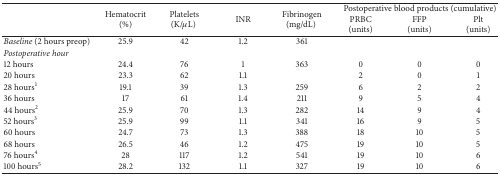
<table><thead><tr><td rowspan="2"><b> </b></td><td rowspan="2"><b>Hematocrit (%)</b></td><td rowspan="2"><b>Platelets(K/<i>μ</i>L) </b></td><td rowspan="2"><b>INR</b></td><td rowspan="2"><b>Fibrinogen (mg/dL) </b></td><td colspan="3"><b>Postoperative blood products (cumulative)</b></td></tr><tr><td><b>PRBC(units)</b></td><td><b>FFP(units)</b></td><td><b>Plt(units)</b></td></tr></thead><tbody><tr><td><i>Baseline</i> (2 hours preop)</td><td>25.9</td><td>42</td><td>1.2</td><td>361</td><td> </td><td> </td><td> </td></tr><tr><td><i>Postoperative hour</i></td><td> </td><td> </td><td> </td><td> </td><td> </td><td> </td><td> </td></tr><tr><td>12 hours</td><td>24.4</td><td>76</td><td>1</td><td>363</td><td>0</td><td>0</td><td>0</td></tr><tr><td>20 hours</td><td>23.3</td><td>62</td><td>1.1</td><td> </td><td>2</td><td>0</td><td>1</td></tr><tr><td>28 hours<sup>1</sup></td><td>19.1</td><td>39</td><td>1.3</td><td>259</td><td>6</td><td>2</td><td>2</td></tr><tr><td>36 hours</td><td>17</td><td>61</td><td>1.4</td><td>211</td><td>9</td><td>5</td><td>4</td></tr><tr><td>44 hours<sup>2</sup></td><td>25.9</td><td>70</td><td>1.3</td><td>282</td><td>14</td><td>9</td><td>4</td></tr><tr><td>52 hours<sup>3</sup></td><td>25.9</td><td>99</td><td>1.1</td><td>341</td><td>16</td><td>9</td><td>5</td></tr><tr><td>60 hours</td><td>24.7</td><td>73</td><td>1.3</td><td>388</td><td>18</td><td>10</td><td>5</td></tr><tr><td>68 hours</td><td>26.5</td><td>46</td><td>1.2</td><td>475</td><td>19</td><td>10</td><td>5</td></tr><tr><td>76 hours<sup>4</sup></td><td>28</td><td>117</td><td>1.2</td><td>541</td><td>19</td><td>10</td><td>6</td></tr><tr><td>100 hours<sup>5</sup></td><td>28.2</td><td>132</td><td>1.1</td><td>327</td><td>19</td><td>10</td><td>6</td></tr></tbody></table>